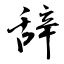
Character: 辞